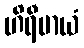
ဟိရီမာယံ